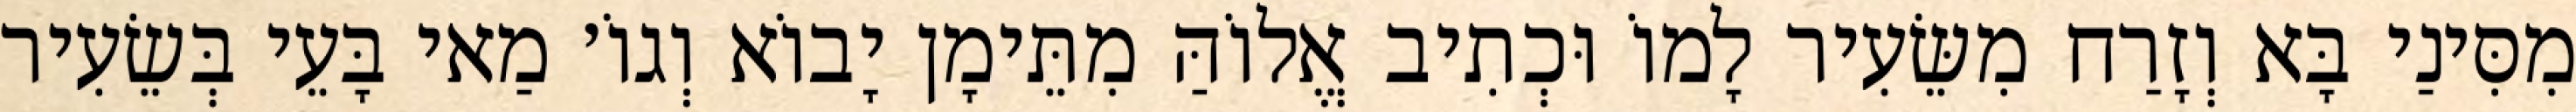
מִסִּינַי בָּא וְזָרַח מִשֵּׂעִיר לָמוֹ וּכְתִיב אֱלוֹהַּ מִתֵּימָן יָבוֹא וְגוֹ׳ מַאי בָּעֵי בְּשֵׂעִיר